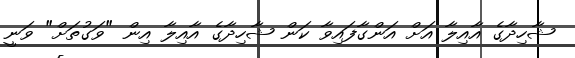
ޝާހިދާގެ އާއިލާ އަށް އަންގާފައިވާ ކަން ޝާހިދާގެ އާއިލާ އިން "ވަގުތަށް" ވަނީ